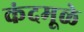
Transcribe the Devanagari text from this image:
कंदमूळे